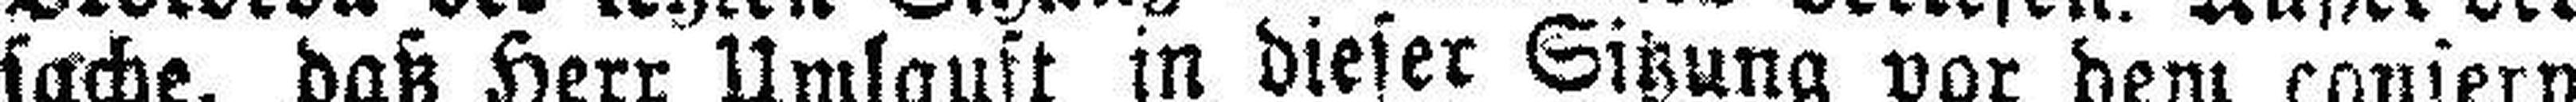
sache, daß Herr Umlauft in dieser Sitzung vor dem conser### tiven